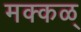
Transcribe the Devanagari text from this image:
मक्कळ्